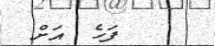
ފަހެ  އަށް